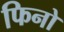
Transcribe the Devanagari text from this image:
फिनो